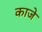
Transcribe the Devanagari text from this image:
काजे